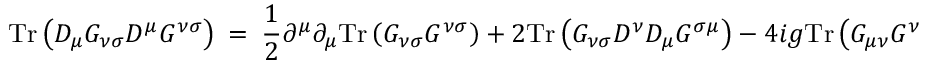
\mathrm { T r } \left( D _ { \mu } G _ { \nu \sigma } D ^ { \mu } G ^ { \nu \sigma } \right) ~ = ~ \frac { 1 } { 2 } \partial ^ { \mu } \partial _ { \mu } \mathrm { T r } \left( G _ { \nu \sigma } G ^ { \nu \sigma } \right) ~ + ~ 2 \mathrm { T r } \left( G _ { \nu \sigma } D ^ { \nu } D _ { \mu } G ^ { \sigma \mu } \right) ~ - ~ 4 i g \mathrm { T r } \left( G _ { \mu \nu } G ^ { \nu \sigma } G _ { \sigma } ^ { ~ \mu } \right) ~ .